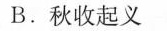
B.秋收起义